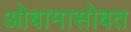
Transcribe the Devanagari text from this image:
ओबामासोबत